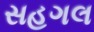
સહગલ